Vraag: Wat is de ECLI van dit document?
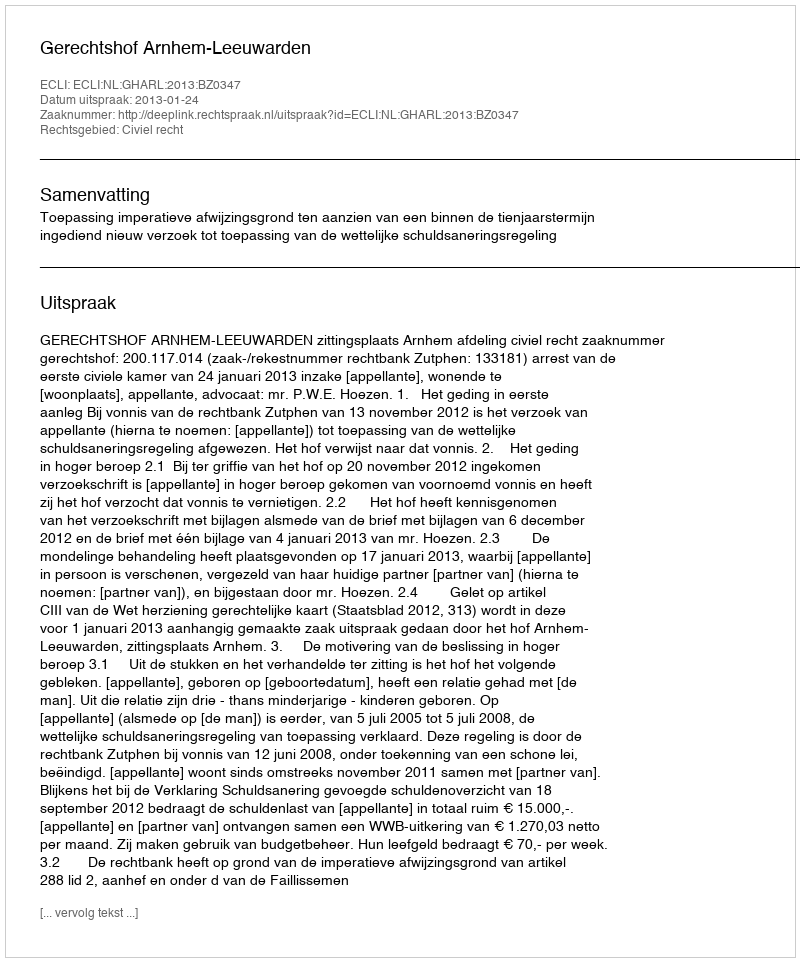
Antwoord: ECLI:NL:GHARL:2013:BZ0347